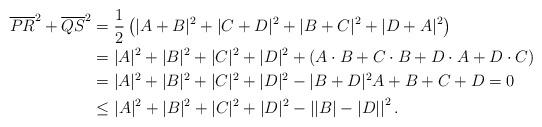
LaTeX: \begin{align*}\overline{PR}^2 + \overline{QS}^2 &= \frac 12 \left( |A+B|^2 + |C+D|^2 +|B+C|^2+|D+A|^2\right)\\&= |A|^2+|B|^2+ |C|^2+|D|^2+\left( A \cdot B + C \cdot B + D \cdot A +D\cdot C\right)\\& = |A|^2+|B|^2+ |C|^2+|D|^2 - |B+D|^2 A+B+C+D=0\\& \leq |A|^2+|B|^2+ |C|^2+|D|^2 - \left||B| - |D| \right|^2. \end{align*}